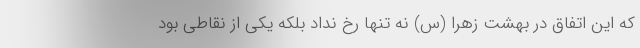
که این اتفاق در بهشت زهرا (س) نه تنها رخ نداد بلکه یکی از نقاطی بود